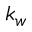
k _ { w }